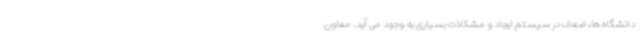
دانشگاه ها، ضعف در سیستم ایجاد و مشکلات بسیاری به وجود می آید. معاون